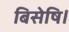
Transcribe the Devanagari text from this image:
बिसेषि।